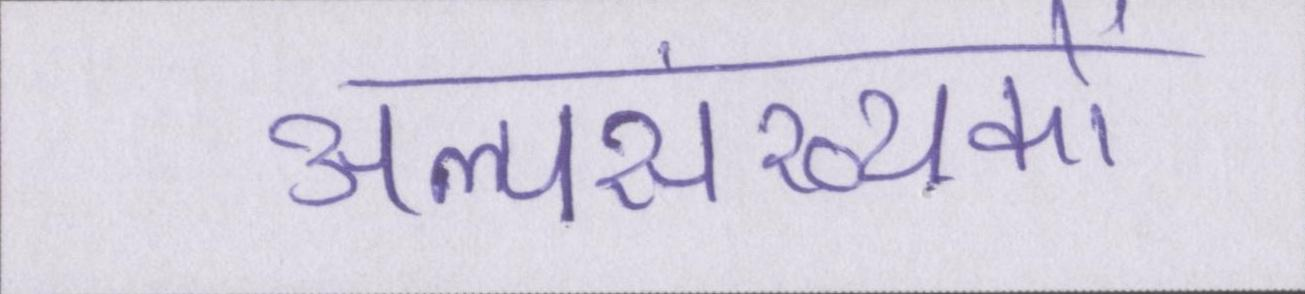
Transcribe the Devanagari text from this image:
अल्पसंख्यकों